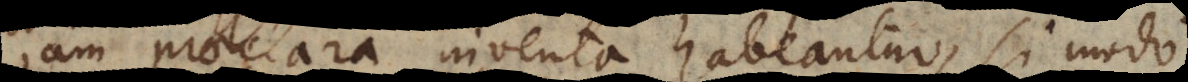
aeclara inventa habeantur, si modo